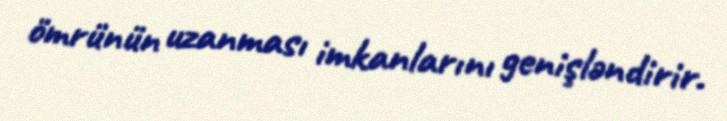
ömrünün uzanması imkanlarını genişləndirir.